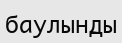
баулынды